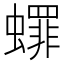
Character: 𬠯